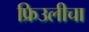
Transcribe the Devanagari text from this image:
फ्रिउलीचा